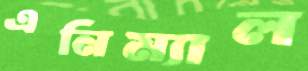
এনিম্যাল